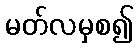
မတ်လမှစ၍